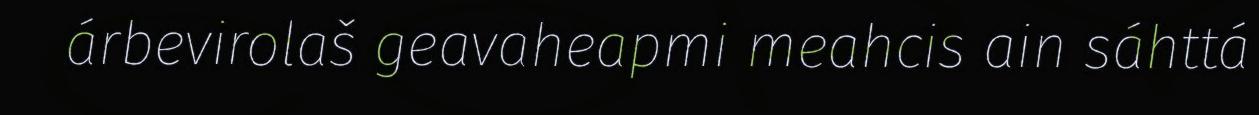
árbevirolaš geavaheapmi meahcis ain sáhttá